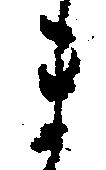
ま